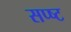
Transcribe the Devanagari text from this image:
सप्ष्ट